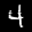
Label: 4